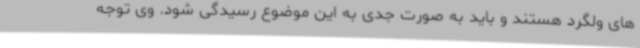
های ولگرد هستند و باید به صورت جدی به این موضوع رسیدگی شود. وی توجه